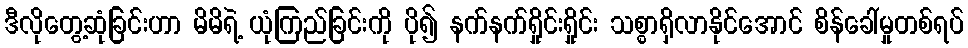
ဒီလိုတွေ့ဆုံခြင်းဟာ မိမိရဲ့ ယုံကြည်ခြင်းကို ပို၍ နက်နက်ရှိုင်းရှိုင်း သစ္စာရှိလာနိုင်အောင် စိန်ခေါ်မှုတစ်ရပ်